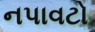
નપાવટો